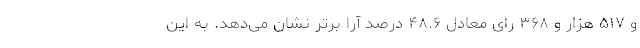
و ۵۱۷ هزار و ۳۶۸ رای معادل ۴۸.۶ درصد آرا برتر نشان می‌دهد. به این